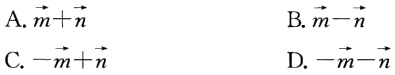
A. $\vec{m}+\vec{n}$

B. $\vec{m}-\vec{n}$

C. $-\vec{m}+\vec{n}$

D. $-\vec{m}-\vec{n}$